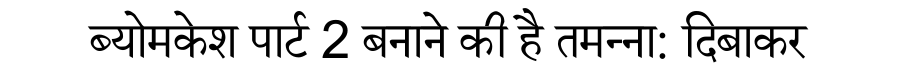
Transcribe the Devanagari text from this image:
ब्योमकेश पार्ट 2 बनाने की है तमन्ना: दिबाकर